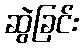
ဆွဲခြင်း